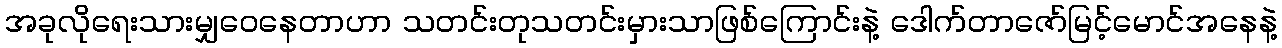
အခုလိုရေးသားမျှဝေနေတာဟာ သတင်းတုသတင်းမှားသာဖြစ်ကြောင်းနဲ့ ဒေါက်တာဇော်မြင့်မောင်အနေနဲ့